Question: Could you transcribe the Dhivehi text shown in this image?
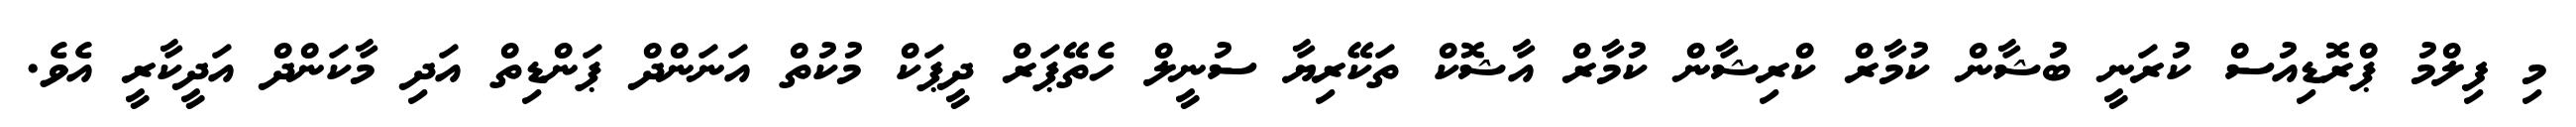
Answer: މި ފިލްމު ޕްރޮޑިއުސް ކުރަނީ ބުޝާން ކުމާރް ކްރިޝާން ކުމާރް އާޝޮކް ތަކޭރިޔާ ސުނީލް ހެތޭޕަރް ދީޕަކް މުކުތް އަނަންދް ޕަންޑިތް އަދި މާކަންދް އަދީކާރީ އެވެ.